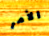
الأمر